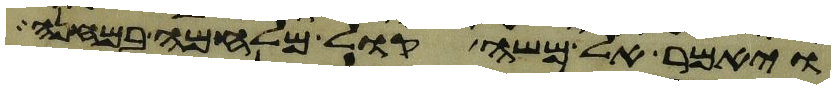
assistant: ויאמר אל משה קול מלחמה במחנה